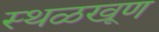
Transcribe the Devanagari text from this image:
स्थळखूण